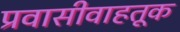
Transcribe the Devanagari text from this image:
प्रवासीवाहतूक